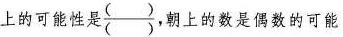
上的可能性是\frac{()}{()}朝上的数是偶数的可能